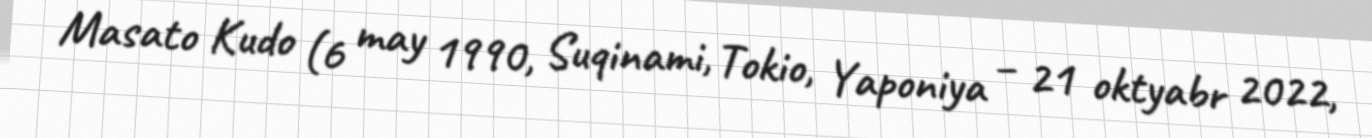
Masato Kudo (6 may 1990, Suqinami, Tokio, Yaponiya – 21 oktyabr 2022,